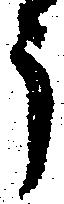
う